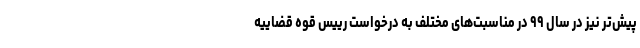
پیش‌تر نیز در سال ۹۹ در مناسبت‌های مختلف به درخواست رییس قوه قضاییه